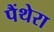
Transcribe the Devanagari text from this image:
पैंथेरा